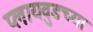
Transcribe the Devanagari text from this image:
प्लायवुडच्या